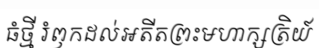
ធំថ្មី រំឭកដល់អតីតព្រះមហាក្សត្រិយ៍